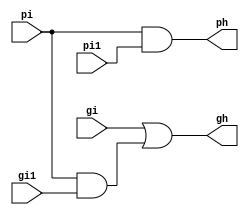
module pigi(pi,pi1,gi,gi1,ph,gh);
input pi,pi1,gi,gi1;
output ph,gh;
assign ph = pi & pi1;
assign gh = gi | (pi & gi1);
endmodule